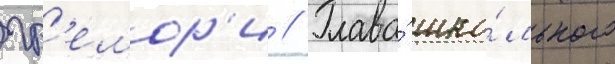
гр'емор'и // Глава́ шко́льного